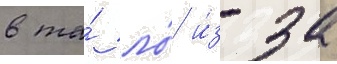
в та́ ло́ и́з-за